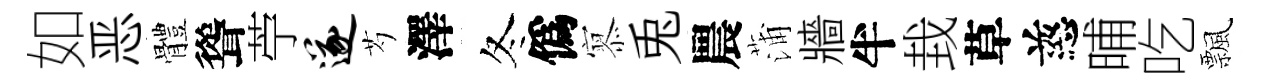
如恶體聳苧遂芍澤冬僞𡪹兎農蒲牆半㘽草慈晡吃飄